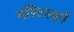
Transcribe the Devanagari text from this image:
मरित्स्बर्ग